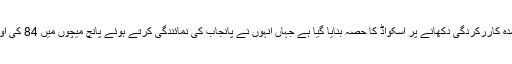
ان کو رانجی ٹرافی میں عمدہ کاررکردگی دکھانے پر اسکواڈ کا حصہ بنایا گیا ہے جہاں انہوں نے پانجاب کی نمائندگی کرتے ہوئے پانچ میچوں میں 84 کی اوسط سے 672 رنز بنائے۔